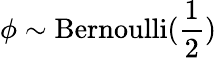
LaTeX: \phi\sim\textrm{Bernoulli}(\frac{1}{2})